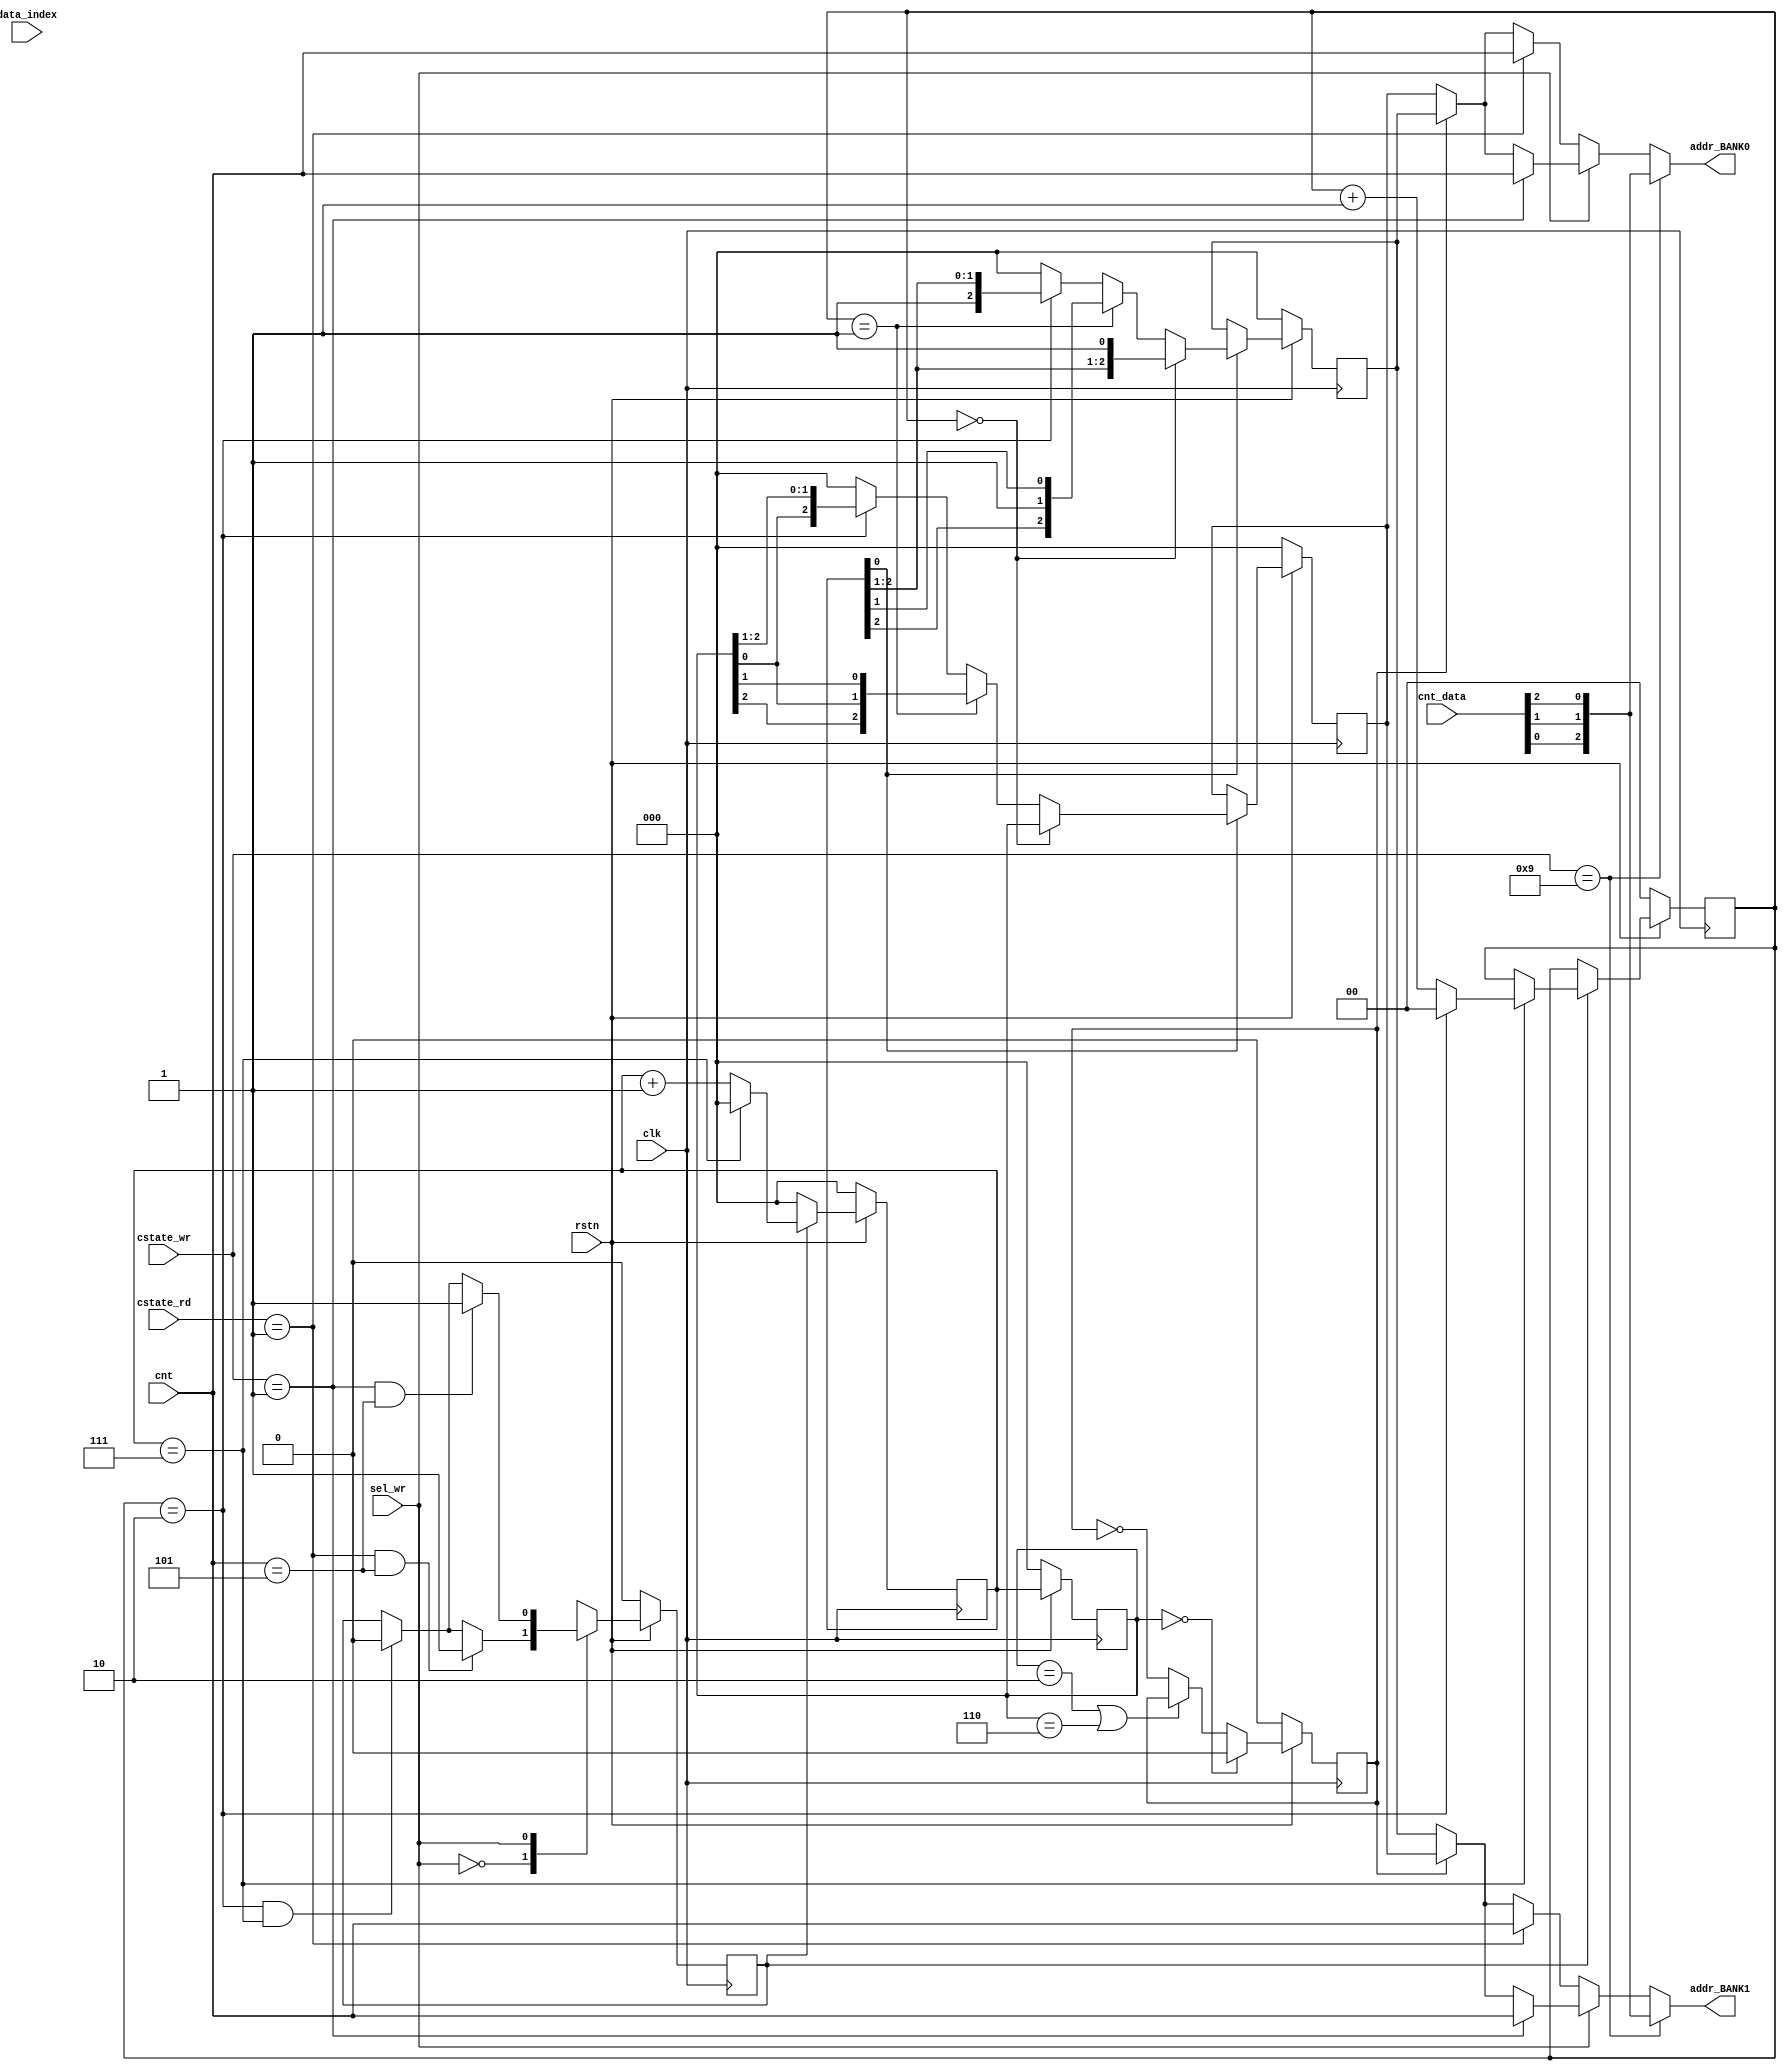
module AGU (
    input clk, rstn,
    input sel_wr,
    input [2:0] data_index,
    input [3:0] cstate_wr, cstate_rd,
    input [2:0] cnt,
    input [3:0] cnt_data,
    output [2:0] addr_BANK1, addr_BANK0
);
    reg        on, sel_switch;
    reg  [1:0] iter;
    reg  [2:0] cnt_addr, cnt_dly;
    reg  [2:0] REG_SH1, REG_SH0;
    wire [2:0] out_sh1, out_sh0;
    wire [2:0] out_REG_SH1, out_REG_SH0;
    wire en_REG_SH;

    parameter
        PRE_IN   = 4'b0000,
        IDLE     = 4'b1000, // 8
        RUN      = 4'b1001, // 9
        STAGE_1  = 4'b0001,
        STAGE_2  = 4'b0010,
        STAGE_3  = 4'b0011,
        STAGE_4  = 4'b0100;
        

        always @(posedge clk) 
        begin
            if (!rstn) 
            begin
                iter <= 2'b00;
                on   <= 1'b0;
                cnt_addr <= 0;
            end
            else 
            begin
                case(sel_wr)
                    0: 
                    begin
                        if (cstate_rd == STAGE_1 && cnt == 5)
                            on <= 1'b1;
                        else if (iter == 2 && cnt_addr == 7)
                            on <= 1'b0;
                        else
                            on <= on;
                    end
                    1: 
                    begin
                        if (cstate_wr == STAGE_1 && cnt == 5)
                            on <= 1'b1;
                        else if (iter == 2 && cnt_addr == 7)
                            on <= 1'b0;
                        else
                            on <= on;
                    end
                    default: 
                        on <= 1'b0;
                endcase

                if (on) 
                begin
                    if (cnt_addr == 7) 
                    begin
                        cnt_addr <= 0;
                        if (iter == 2) 
                        begin
                            iter <= 0;
                        end
                        else 
                        begin
                            iter <= iter + 1;
                        end
                    end
                    else 
                    begin
                        cnt_addr <= cnt_addr + 1;
                    end
                end
                else 
                begin
                    cnt_addr <= 0;
                end
            end
        end

    // reg [2:0] BUF;
    always @(posedge clk)
    begin
        if (!rstn) cnt_dly <= 0;
        else cnt_dly <= cnt_addr;
    end

    // SHIFTER
    wire [2:0] tmp3_out_sh1, tmp2_out_sh1, tmp1_out_sh1;

    assign tmp3_out_sh1 = (iter == 2) ? {cnt_addr[0], cnt_addr[2], cnt_addr[1]} : 0;
    assign tmp2_out_sh1 = (iter == 1) ? {cnt_addr[2], cnt_addr[0], cnt_addr[1]} : tmp3_out_sh1;
    assign tmp1_out_sh1 = (iter == 0) ? cnt_addr : tmp2_out_sh1;
    assign out_sh1 = tmp1_out_sh1;

    wire [2:0] tmp3_out_sh0, tmp2_out_sh0, tmp1_out_sh0;
    assign tmp3_out_sh0 = (iter == 2) ? {cnt_dly[0], cnt_dly[2], cnt_dly[1]} : 0;
    assign tmp2_out_sh0 = (iter == 1) ? {cnt_dly[2], cnt_dly[0], cnt_dly[1]} : tmp3_out_sh0;
    assign tmp1_out_sh0 = (iter == 0) ? cnt_dly : tmp2_out_sh0;
    assign out_sh0 = tmp1_out_sh0;

    always @(posedge clk)
    begin
        if (!rstn) REG_SH1 <= 0;
        else if (en_REG_SH) REG_SH1 <= out_sh1;
        else REG_SH1 <= REG_SH1;
    end

    always @(posedge clk)
    begin
        if (!rstn) REG_SH0 <= 0;
        else if (en_REG_SH) REG_SH0 <= out_sh0;
        else REG_SH0 <= REG_SH0;
    end
 
    always @(posedge clk)
    begin 
        if (!rstn) sel_switch <= 1'b0;
        else
        begin
            if (cnt_dly == 0) sel_switch <= 1'b0;
            else if (cnt_dly == 2 || cnt_dly == 6) sel_switch <= sel_switch;
            else sel_switch <= ~sel_switch;
        end
    end

    assign en_REG_SH  = cnt_addr[0];
    assign out_REG_SH1 = REG_SH1;
    assign out_REG_SH0 = REG_SH0;

    wire [2:0] tmp0_addr_BANK1, tmp1_addr_BANK1, tmp2_addr_BANK1, tmp3_addr_BANK1;
    wire [2:0] tmp0_addr_BANK0, tmp1_addr_BANK0, tmp2_addr_BANK0, tmp3_addr_BANK0;

    assign tmp3_addr_BANK1 = (!sel_switch) ? out_REG_SH1 : out_REG_SH0;
    assign tmp2_addr_BANK1 = (!sel_wr) ? ( (cstate_rd == STAGE_1) ? cnt : tmp3_addr_BANK1 ) : 0;
    assign tmp1_addr_BANK1 = ( sel_wr) ? ( (cstate_wr == STAGE_1) ? cnt : tmp3_addr_BANK1 ) : tmp2_addr_BANK1; // WRITE
    assign tmp0_addr_BANK1 = (cstate_wr == RUN) ? {1'b0, cnt_data[0], cnt_data[1], cnt_data[2]} : tmp1_addr_BANK1;
    assign addr_BANK1 = tmp0_addr_BANK1;


    assign tmp3_addr_BANK0 = (!sel_switch) ? out_REG_SH0 : out_REG_SH1;
    assign tmp2_addr_BANK0 = (!sel_wr) ? ( (cstate_rd == STAGE_1) ? cnt : tmp3_addr_BANK0 ) : 0;
    assign tmp1_addr_BANK0 = ( sel_wr) ? ( (cstate_wr == STAGE_1) ? cnt : tmp3_addr_BANK0 ) : tmp2_addr_BANK0;
    assign tmp0_addr_BANK0 = (cstate_wr == RUN) ? {1'b0, cnt_data[0], cnt_data[1], cnt_data[2]} : tmp1_addr_BANK0;
    assign addr_BANK0 = tmp0_addr_BANK0;

endmodule